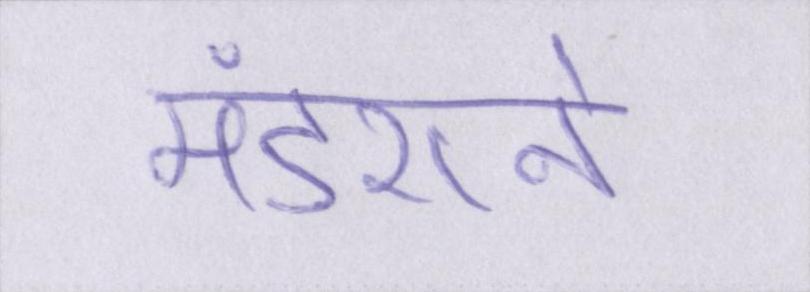
मंडराने